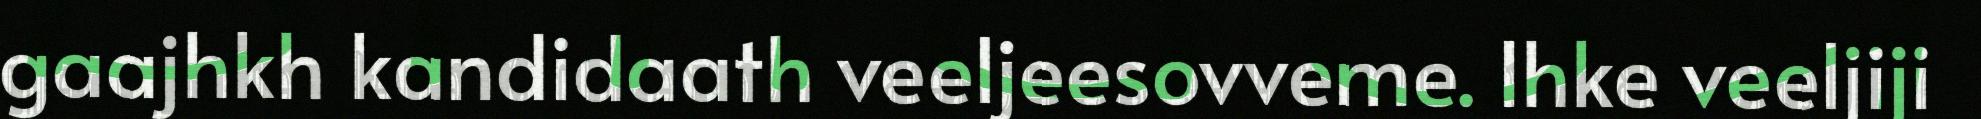
gaajhkh kandidaath veeljeesovveme. Ihke veeljiji